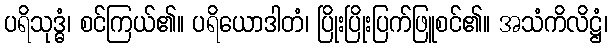
ပရိသုဒ္ဓံ၊ စင်ကြယ်၏။ ပရိယောဒါတံ၊ ပြိုးပြိုးပြက်ဖြူစင်၏။ အသံကိလိဋ္ဌံ၊